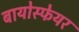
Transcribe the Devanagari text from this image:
बायोस्फेयर